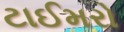
ટાઈમરો